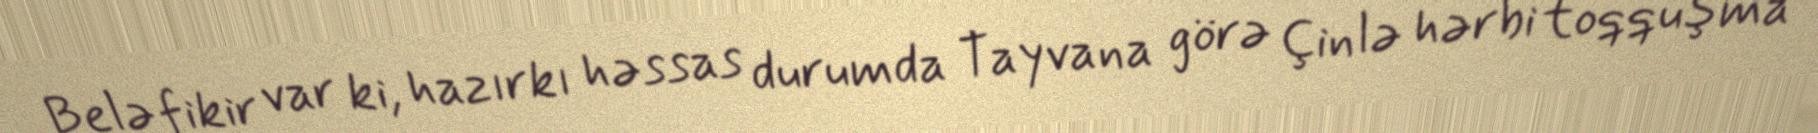
Belə fikir var ki, hazırkı həssas durumda Tayvana görə Çinlə hərbi toqquşma